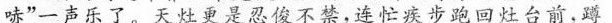
哧”一声乐了。天灶更是忍俊不禁，连忙疾步跑回灶台前，蹲